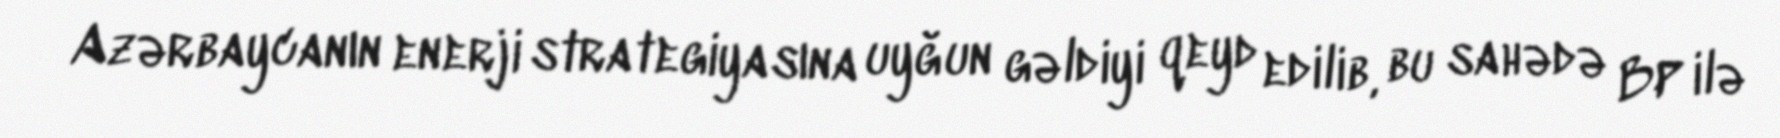
Azərbaycanın enerji strategiyasına uyğun gəldiyi qeyd edilib, bu sahədə BP ilə